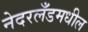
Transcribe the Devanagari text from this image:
नेदरलँडमधील